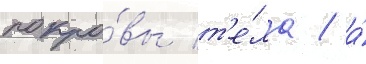
покро́вы т'е́ла / а́